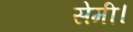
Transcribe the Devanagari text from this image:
सेमी।